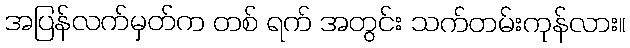
အပြန်လက်မှတ်က တစ် ရက် အတွင်း သက်တမ်းကုန်လား။